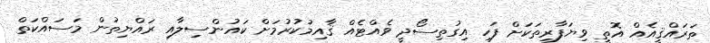
ތަރައްޤީއެއް އޮތީ ވިޔަފާރިތަކަށް ފަހި އިގުތިސޯދީ ވެއްޓެއް ޤާއިމުކުރުމަށް ކައުންސިލާއި ރައްޔިތުން މަސައްކަތް